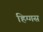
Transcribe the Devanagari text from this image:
हिग्गस